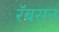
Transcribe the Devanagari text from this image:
रॅबसन